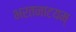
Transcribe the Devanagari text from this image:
भरतनाटयम्